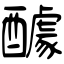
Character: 醵